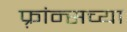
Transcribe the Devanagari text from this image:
फ़्रांन्सच्या